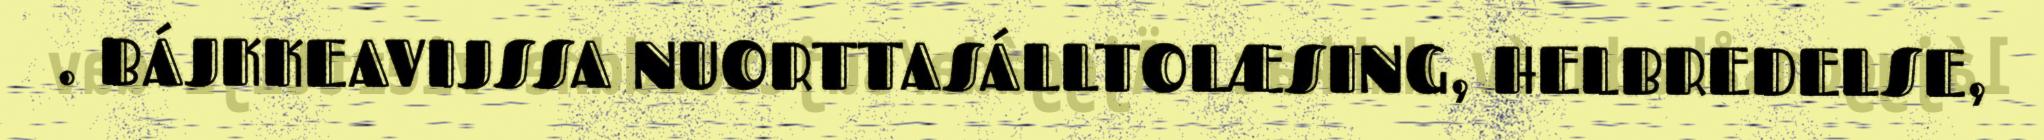
. BÁJKKEAVIJSSA NUORTTASÁLLTOLÆSING, HELBREDELSE,